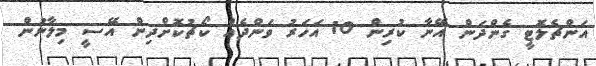
އަންޗެލޮޓީ ގެންދަން އޭނާ ކުރިން 10 އަހަރު ވަންދެއް ކޯޗުކޮށްދިން އޭސީ މިލާނުން